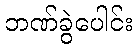
ဘဏ်ခွဲပေါင်း